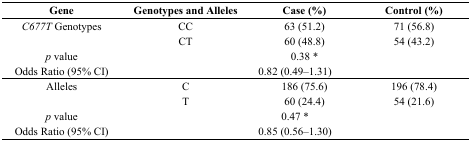
<table><thead><tr><td><b>Gene</b></td><td><b>Genotypes and Alleles</b></td><td><b>Case (%)</b></td><td><b>Control (%)</b></td></tr></thead><tbody><tr><td><i>C677T</i> Genotypes</td><td>CC</td><td>63 (51.2)</td><td>71 (56.8)</td></tr><tr><td></td><td>CT</td><td>60 (48.8)</td><td>54 (43.2)</td></tr><tr><td><i>p</i> value</td><td></td><td>0.38 *</td><td></td></tr><tr><td>Odds Ratio (95% CI)</td><td></td><td>0.82 (0.49–1.31)</td><td></td></tr><tr><td>Alleles</td><td>C</td><td>186 (75.6)</td><td>196 (78.4)</td></tr><tr><td></td><td>T</td><td>60 (24.4)</td><td>54 (21.6)</td></tr><tr><td><i>p</i> value</td><td></td><td>0.47 *</td><td></td></tr><tr><td>Odds Ratio (95% CI)</td><td></td><td>0.85 (0.56–1.30)</td><td></td></tr></tbody></table>